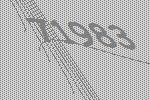
71983